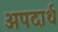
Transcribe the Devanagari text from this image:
अपदार्थ